Newspaper: Nashville union and American. [volume]
Place of publication: Nashville, Tenn.
Publisher: J.O. Griffith & Co.
Date: 1870-02-15 00:00:00
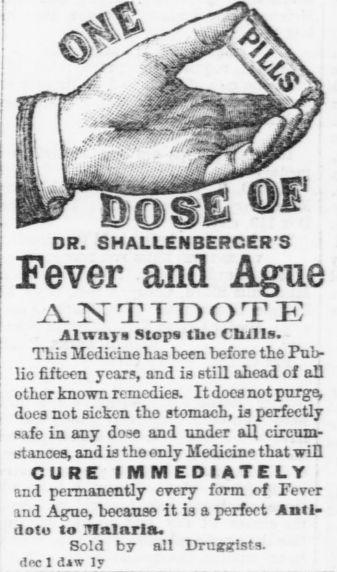
Advertisement text (OCR):
SH ALLEN BERCER'S Fever and Ague ANTIDOTE AlTTnys Stops tlo Chills. This STedicino ha3 been before tho Pub lic fifteen years, and ia still ahead of all other known remedies. It does not purge, does not sicken tho stomach, ia perfectly gafo in any dose and under all circum stances, and ia tho only Medicine that will CURE IMMEDIATELY and permanently every form of Fever and Aguo, bocauso it ia a perfect Antl aotu to nl aria. Sold by all Druzslsts. dec 1 daw ly W BSSB m dr.
Label: illustrations